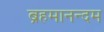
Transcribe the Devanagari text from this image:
ब्रहमानन्दम